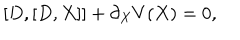
LaTeX: [ D , [ D , X ] ] + \partial _ { X } V ( X ) = 0 ,